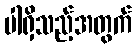
ပါရှိသည့်အတွက်